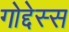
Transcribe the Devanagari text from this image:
गोद्देस्स